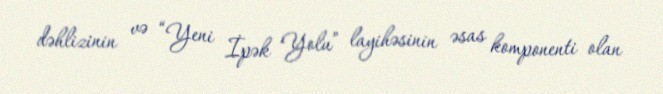
dəhlizinin və “Yeni İpək Yolu” layihəsinin əsas komponenti olan